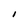
Character: I